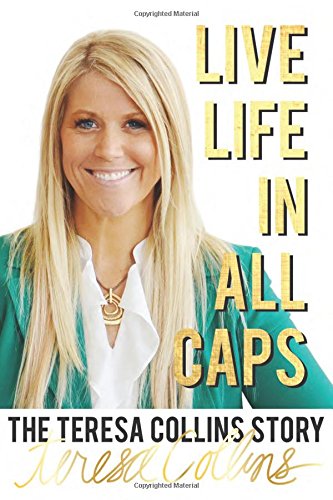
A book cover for Live LIFE in All Caps: The Teresa Collins Story; Teresa Collins; Christian Books & Bibles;